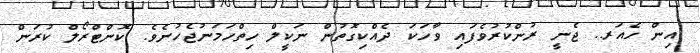
އިން ހެއަރ.. ޖެނީ ރުންކުރުވެފައި ވާހަކަ ދެއްކިގޮތުން ނަކީލް ހިތްހަމަނުޖެހުނެވެ. ކޮންޓްރޯލް ކުރަން